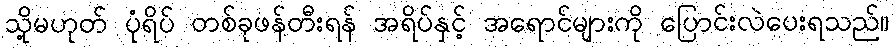
သို့မဟုတ် ပုံရိပ် တစ်ခုဖန်တီးရန် အရိပ်နှင့် အရောင်များကို ပြောင်းလဲပေးရသည်။